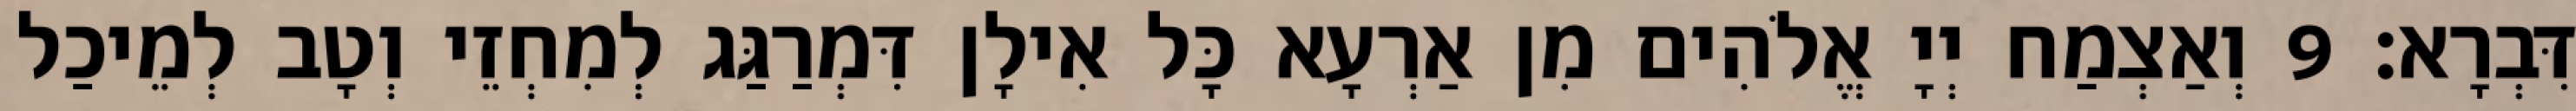
דִּבְרָא׃ 9 וְאַצְמַח יְיָ אֱלֹהִים מִן אַרְעָא כָּל אִילָן דִּמְרַגַּג לְמִחְזֵי וְטָב לְמֵיכַל